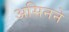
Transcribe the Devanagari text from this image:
असिनने